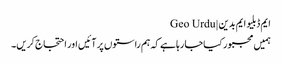
ایم ڈبلیو ایم بدین | Geo Urdu
ہمیں مجبور کیاجا رہا ہے کہ ہم راستوں پر آئیں اور احتجاج کریں۔